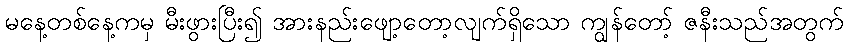
မနေ့တစ်နေ့ကမှ မီးဖွားပြီး၍ အားနည်းဖျော့တော့လျက်ရှိသော ကျွန်တော့် ဇနီးသည်အတွက်